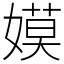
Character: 嫫